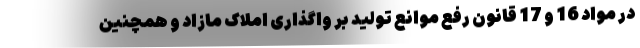
در مواد 16 و 17 قانون رفع موانع تولید بر واگذاری املاک مازاد و همچنین